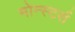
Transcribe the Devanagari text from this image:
मोन्स्टर्स